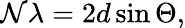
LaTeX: \mathcal{N}\lambda=2d\sin\Theta,